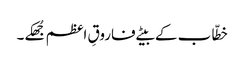
خطّاب کے بیٹے فاروقِ اعظم جُھکے۔